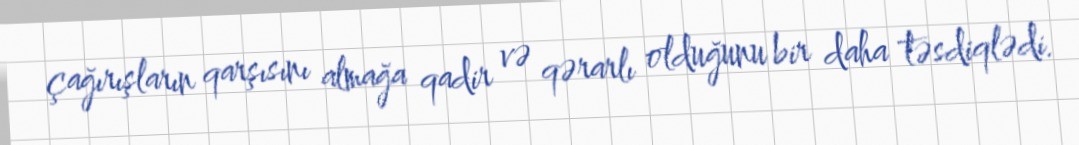
çağırışların qarşısını almağa qadir və qərarlı olduğunu bir daha təsdiqlədi.